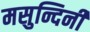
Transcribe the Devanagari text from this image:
मसुन्दिनी